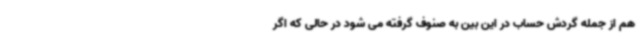
هم از جمله گردش حساب در این بین به صنوف گرفته می شود در حالی که اگر